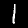
Digit: 1